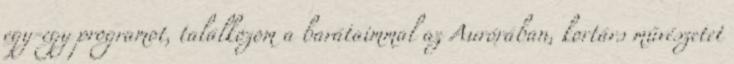
egy-egy programot, találkozom a barátaimmal az Aurórában, kortárs művészetet